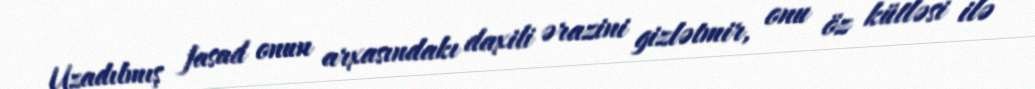
Uzadılmış fasad onun arxasındakı daxili ərazini gizlətmir, onu öz kütləsi ilə